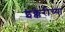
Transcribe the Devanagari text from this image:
इक्केरीच्या